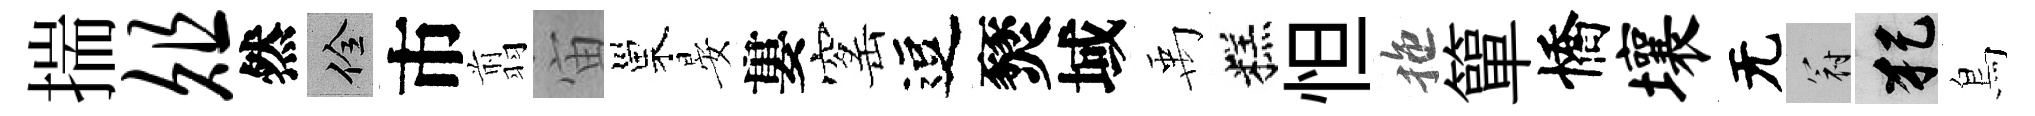
揣俎然佺市翦宙巢晏婁窰逗燹域禹糕怛拖簞憍壤无冠犯鳥